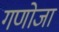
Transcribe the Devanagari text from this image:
गणोजा